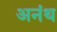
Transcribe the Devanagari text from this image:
अनंथ